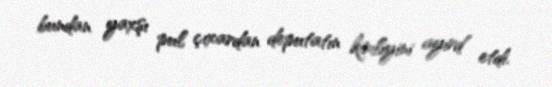
bundan yaxşı pul çıxardan deputatın kimliyini ayırd etdi.